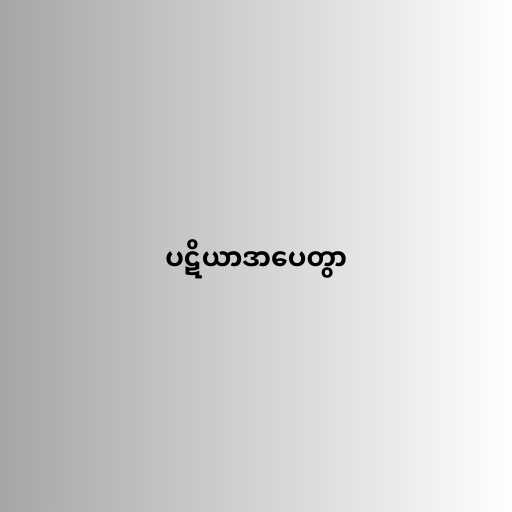
ပဋိယာဒာပေတွာ